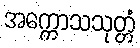
အက္ကောသသုတ္တံ